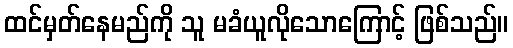
ထင်မှတ်နေမည်ကို သူ မခံယူလိုသောကြောင့် ဖြစ်သည်။